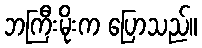
ဘကြီးမိုးက ပြောသည်။